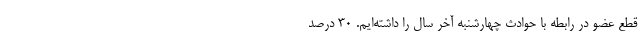
قطع عضو در رابطه با حوادث چهارشنبه آخر سال را داشته‌ایم. 30 درصد